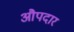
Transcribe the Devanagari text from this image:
औपदार